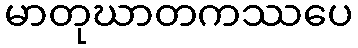
မာတုဃာတကဿပေ